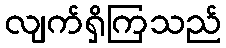
လျက်ရှိကြသည်